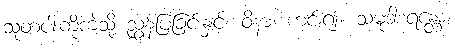
သူတပါးကိုကဲ့သို့ ညွှန်ပြခြင်းနှင့်။ ဝိနာ၊ ကင်း၍။ သမုဒါစရန္တော၊